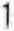
1